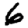
Digit: 6